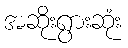
အဆိုးရွားဆုံး